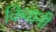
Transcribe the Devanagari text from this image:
किवानी